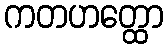
ကတဟတ္ထော